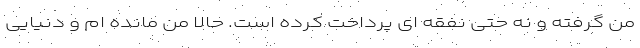
من گرفته و نه حتی نفقه ای پرداخت کرده است. حالا من مانده ام و دنیایی